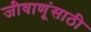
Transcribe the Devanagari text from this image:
जीवाणूंसाठी